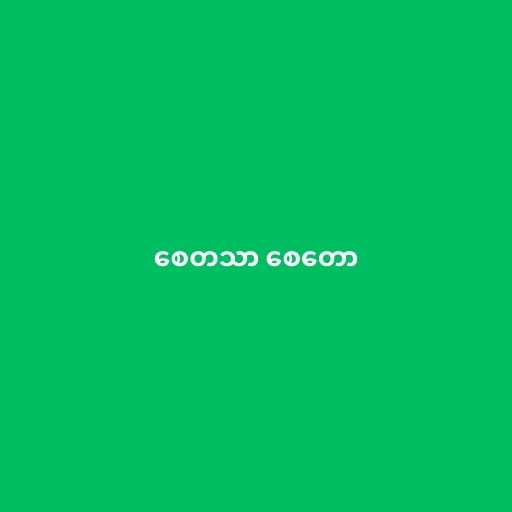
စေတသာ စေတော